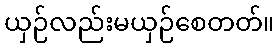
ယှဉ်လည်းမယှဉ်စေတတ်။